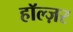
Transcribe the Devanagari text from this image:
हॉल्ज़र